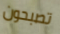
تصبحون